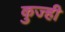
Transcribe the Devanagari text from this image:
कुज्ही